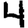
Digit: 4